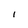
Character: I